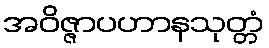
အဝိဇ္ဇာပဟာနသုတ္တံ